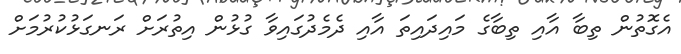
އެގޮތުން ތިބާ އާއި ތިބާގެ މައިދައިތަ އާއި ދެމެދުގައިވާ ގުޅުން އިތުރަށް ރަނގަޅުކުރުމަށް